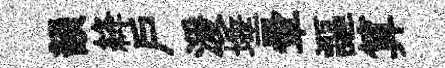
韻絳戶湲埵暈謳算